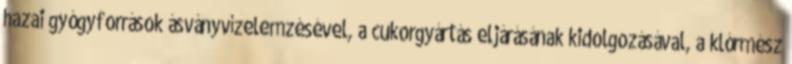
hazai gyógyforrások ásványvízelemzésével, a cukorgyártás eljárásának kidolgozásával, a klórmész